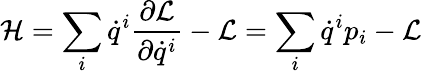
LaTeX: {\mathcal{H}}=\sum_{i}{\dot{q}}^{i}{\frac{\partial{\mathcal{L}}}{\partial{\dot{q}}^{i}}}-{\mathcal{L}}=\sum_{i}{\dot{q}}^{i}p_{i}-{\mathcal{L}}